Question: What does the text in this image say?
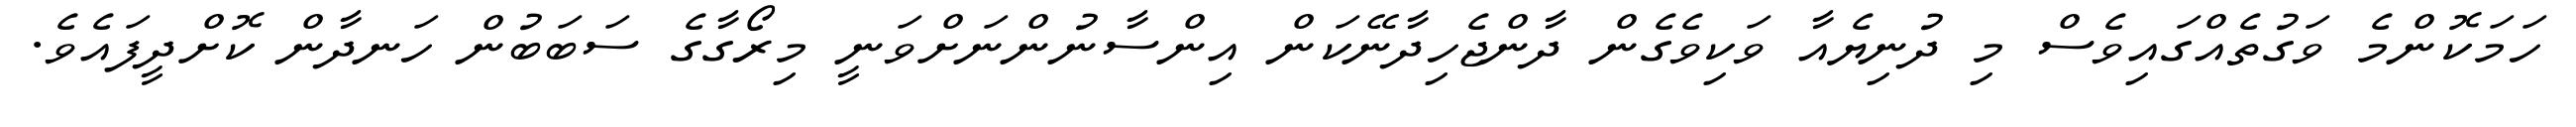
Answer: ހަމަކޮންމެ ވަގުތެއްގައިވެސް މި ދުނިޔެއާ ވަކިވެގެން ދާންޖެހިދާނޭކަން އިންސާނުންނަށްވަނީ މިރޯގާގެ ސަބަބުން ހަނދާން ކޮށްދީފައެވެ.